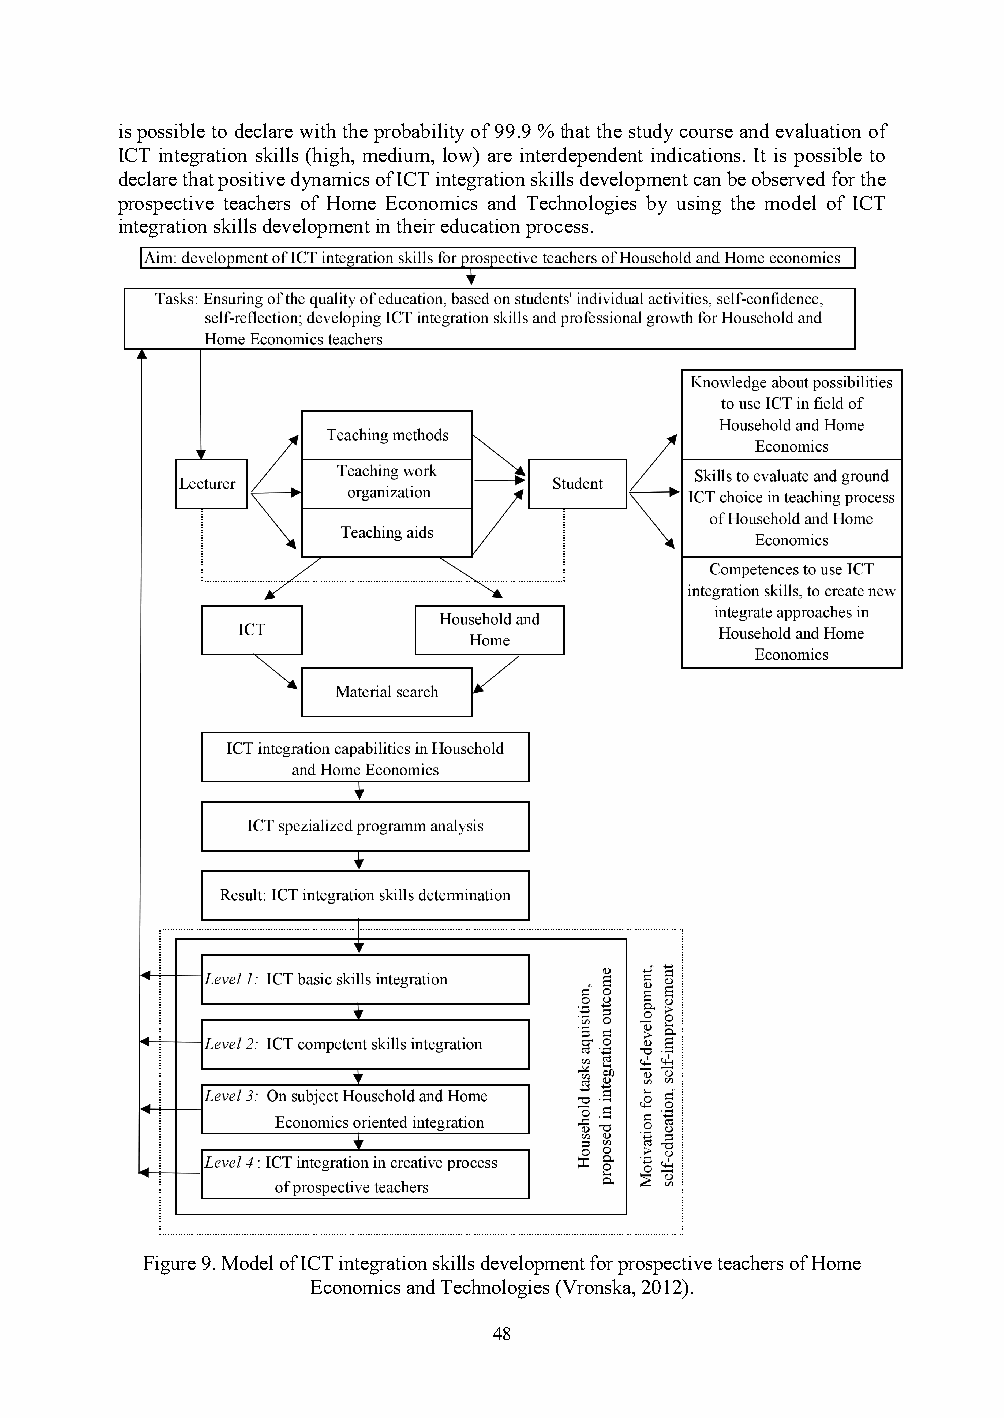
is possible to declare with the probability of 99.9 % that the study course and evaluation of
 ICT integration skills (high, medium, low) are interdependent indications. It is possible to
 declare that positive dynamics of ICT integration skills development can be observed for the
 prospective teachers of Home Economics and Technologies by using the model of ICT
 integration skills development in their education process.
 Figure 9. Model of ICT integration skills development for prospective teachers of Home
 Economics and Technologies (Vronska, 2012).
 48